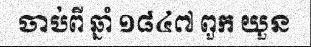
ចាប់ពី ឆ្នាំ ១៨៤៧ ពួក យួន